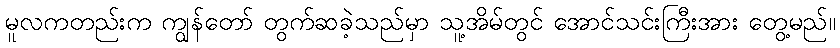
မူလကတည်းက ကျွန်တော် တွက်ဆခဲ့သည်မှာ သူ့အိမ်တွင် အောင်သင်းကြီးအား တွေ့မည်။